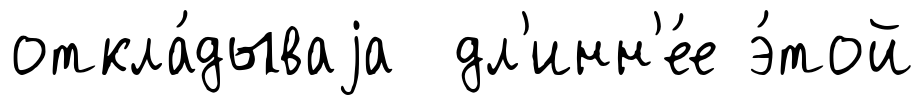
откла́дываjа дл'инн'е́е э́той